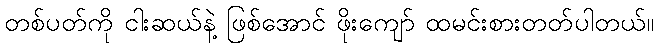
တစ်ပတ်ကို ငါးဆယ်နဲ့ ဖြစ်အောင် ဖိုးကျော် ထမင်းစားတတ်ပါတယ်။